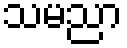
သမညာ